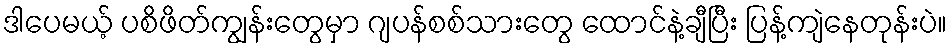
ဒါပေမယ့် ပစိဖိတ်ကျွန်းတွေမှာ ဂျပန်စစ်သားတွေ ထောင်နဲ့ချီပြီး ပြန့်ကျဲနေတုန်းပဲ။